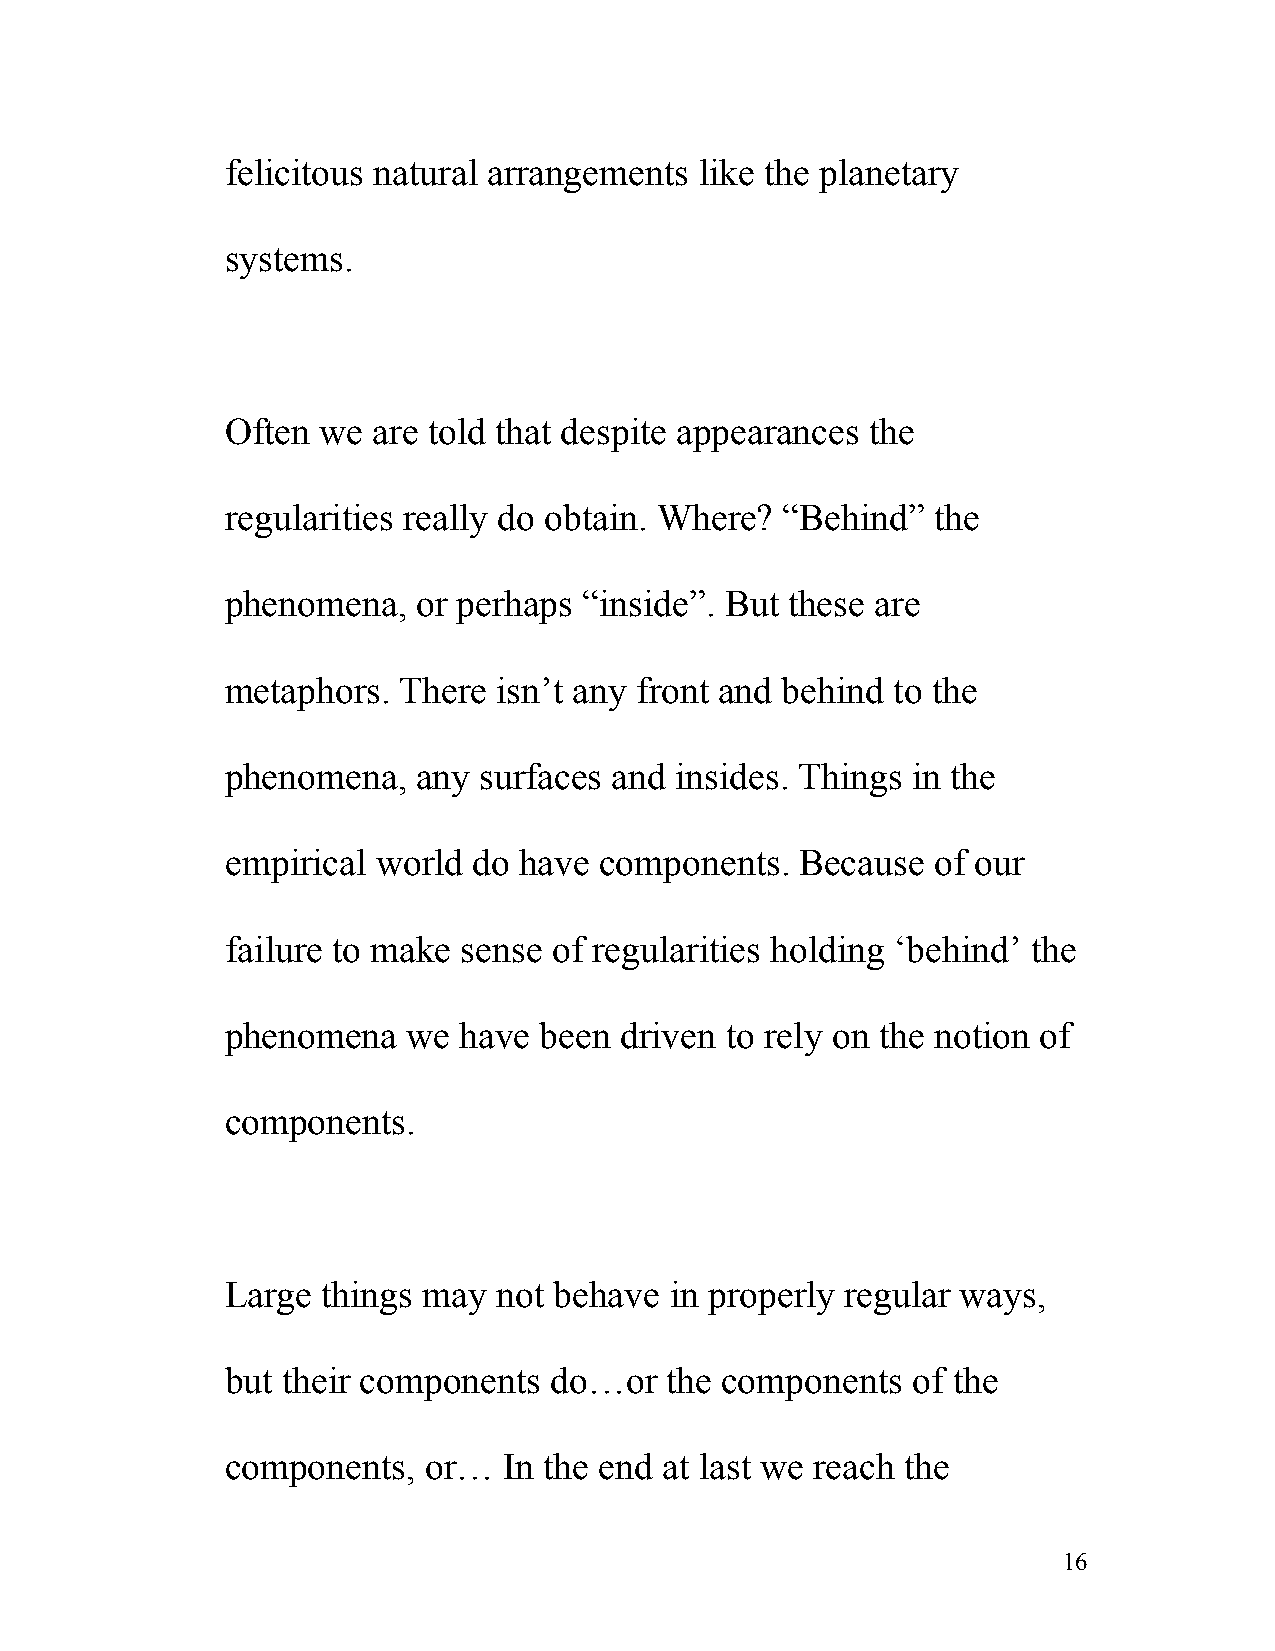
felicitous natural arrangements like the planetary
 systems.
 Often we  are told that despite appearances the
 regularities really do obtain. Where? “Behind” the
 phenomena,   or perhaps “inside”. But these are
 metaphors. There  isn’t any front and behind to the
 phenomena,   any surfaces and insides. Things in the
 empirical world do have  components.  Because  of our
 failure to make sense of regularities holding ‘behind’ the
 phenomena   we have  been driven to rely on the notion of
 components.
 Large things may  not behave in properly regular ways,
 but their components do…or   the components  of the
 components,  or…  In the end at last we reach the
 16